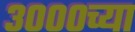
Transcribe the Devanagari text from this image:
३०००च्या